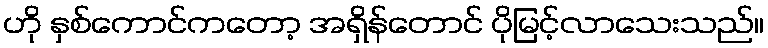
ဟို နှစ်ကောင်ကတော့ အရှိန်တောင် ပိုမြင့်လာသေးသည်။